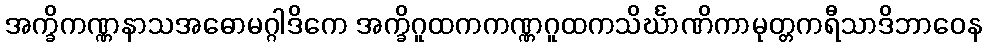
အက္ခိကဏ္ဏနာသအဓောမဂ္ဂါဒိကေ အက္ခိဂူထကကဏ္ဏဂူထကသိင်္ဃာဏိကာမုတ္တကရီသာဒိဘာဝေန